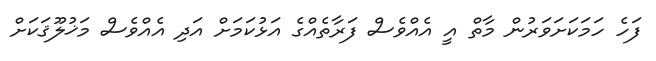
ފަހެ ހަމަކަށަވަރުން މާތް އީ އެއްވެސް ފަރާތެއްގެ އަޅުކަމަށް އަދި އެއްވެސް މަޚުލޫޤަކަށް